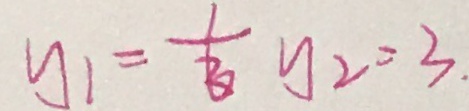
y = \frac { 1 } { 3 } y _ { 2 } = 3